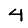
Digit: 4